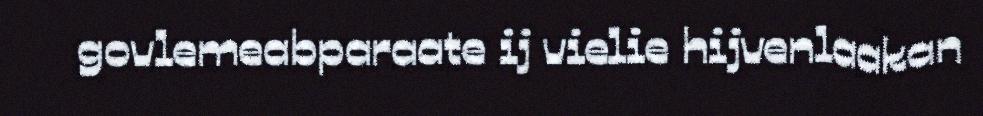
govlemeabparaate ij vielie hijvenlaakan